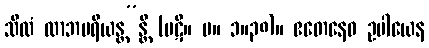
သီလံ လာဘပရိယန္တ”န္တိ (ပဋိ။ မ။ ၁။၃၈)။ ဧတေနေဝ ဥပါယေန